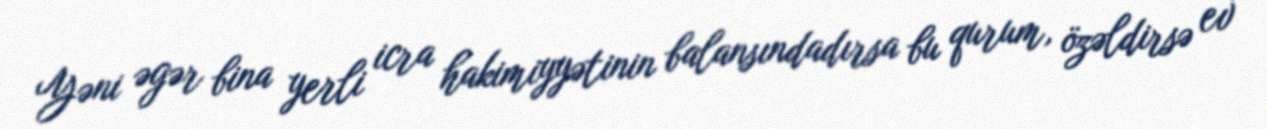
Yəni əgər bina yerli icra hakimiyyətinin balansındadırsa bu qurum, özəldirsə ev